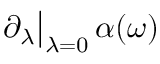
\partial _ { \lambda } \big | _ { \lambda = 0 } \, \alpha ( \omega )